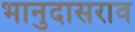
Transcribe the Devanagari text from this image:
भानुदासराव